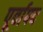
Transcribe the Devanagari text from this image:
पूर्वापद